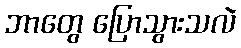
ဘာတွေ ပြောသွားသလဲ